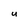
Character: U